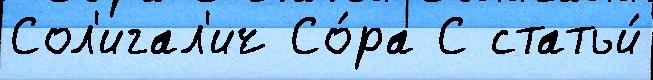
Сол'игал'ич Со́ра С статьи́